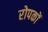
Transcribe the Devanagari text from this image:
रोपकों